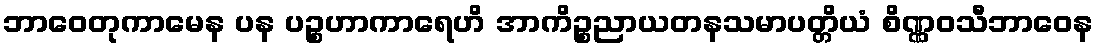
ဘာဝေတုကာမေန ပန ပဉ္စဟာကာရေဟိ အာကိဉ္စညာယတနသမာပတ္တိယံ စိဏ္ဏဝသီဘာဝေန